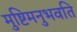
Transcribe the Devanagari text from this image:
मुष्टिमनुभवति